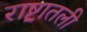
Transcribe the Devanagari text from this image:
राष्ट्रातली